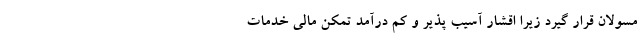
مسولان قرار گیرد زیرا اقشار آسیب پذیر و کم درآمد تمکن مالی خدمات